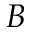
B